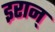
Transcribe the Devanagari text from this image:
इरान्